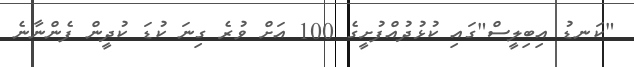
"ކަނޑު އިބިލީސް"ގައި ކުޅުދުއްފުށީގެ 100 އަށް ވުރެ ގިނަ ކުޑަ ކުދީން ފެންނާނެ